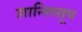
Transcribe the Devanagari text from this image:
शान्तिस्‍तूप